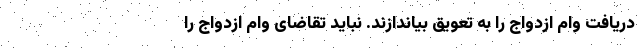
دریافت وام ازدواج را به تعویق بیاندازند. نباید تقاضای وام ازدواج را